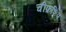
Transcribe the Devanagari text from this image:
चीफ़शिप